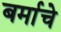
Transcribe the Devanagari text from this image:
बर्माचे